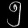
Digit: ၅